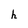
Character: h